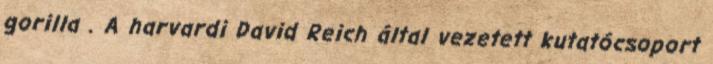
gorilla . A harvardi David Reich által vezetett kutatócsoport